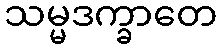
သမ္မဒက္ခာတေ